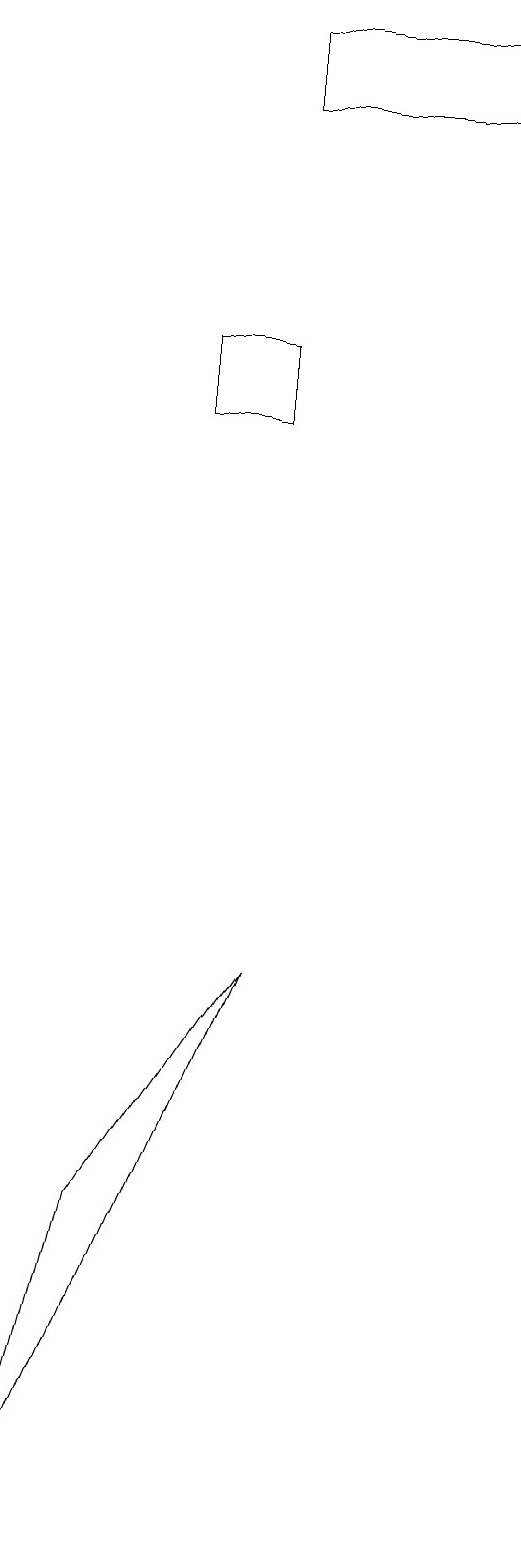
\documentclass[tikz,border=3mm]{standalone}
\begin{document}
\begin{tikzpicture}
\draw (9,18) rectangle (6,19);
\draw (6,15) rectangle (5,14);
\draw (4,4) -- (3,0) -- (6,7) -- cycle;
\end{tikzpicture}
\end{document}